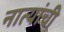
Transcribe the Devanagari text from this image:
नात्यांची